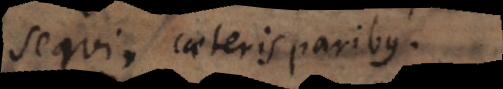
sequi, caeteris paribus.